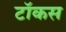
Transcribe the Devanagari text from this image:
टॉकस